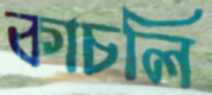
কাচলি